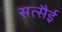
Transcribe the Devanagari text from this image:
सत्सैई